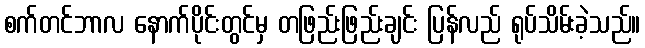
စက်တင်ဘာလ နောက်ပိုင်းတွင်မှ တဖြည်းဖြည်းချင်း ပြန်လည် ရုပ်သိမ်းခဲ့သည်။